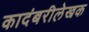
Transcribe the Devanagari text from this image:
कादंबरीलेखक